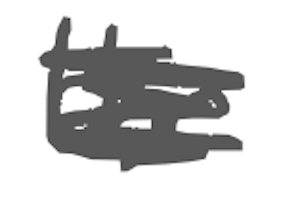
Text: the
Cross-out: scratch
Writing tool: digital_gray